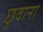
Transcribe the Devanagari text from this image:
छुवाना